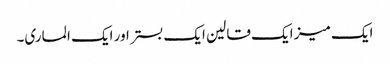
ایک میز ایک قالین ایک بستر اور ایک الماری۔